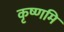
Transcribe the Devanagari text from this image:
कृष्णमि